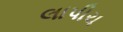
લાપીચ